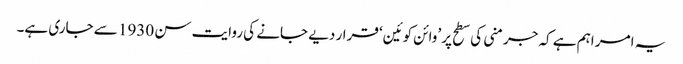
یہ امر اہم ہے کہ جرمنی کی سطح پر ’وائن کوئین‘ قرار دیے جانے کی روایت سن 1930 سے جاری ہے۔